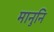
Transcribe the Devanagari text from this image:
मानुनि